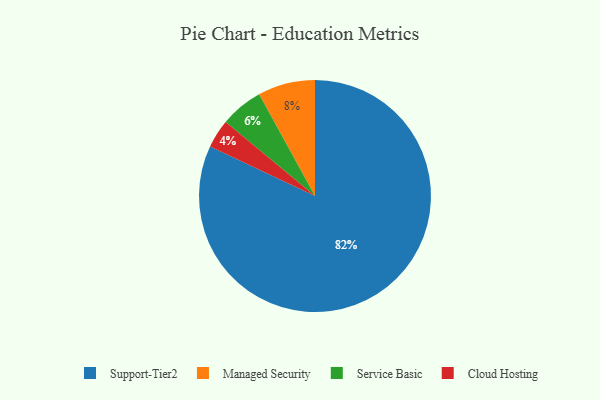
{"axis": {"x": "Category", "y": "Percentage"}, "legend": ["Cloud Hosting", "Managed Security", "Service Basic", "Support-Tier2"], "data": [{"x": "Service Basic", "y": 6, "type": "Service Basic"}, {"x": "Cloud Hosting", "y": 4, "type": "Cloud Hosting"}, {"x": "Managed Security", "y": 8, "type": "Managed Security"}, {"x": "Support-Tier2", "y": 82, "type": "Support-Tier2"}]}